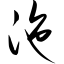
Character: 沲